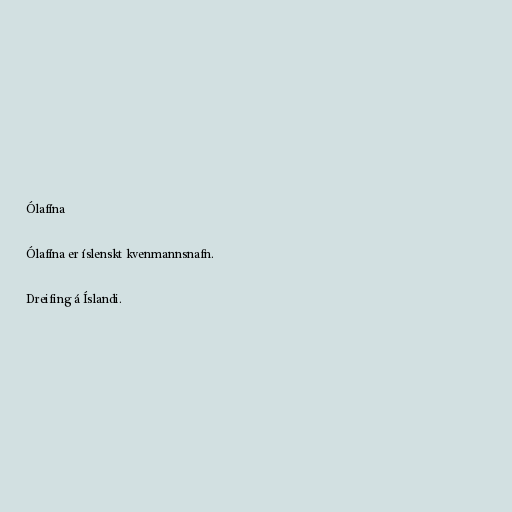
Ólafína

Ólafína er íslenskt kvenmannsnafn.

Dreifing á Íslandi.